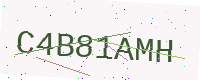
Text: C4B81AMH